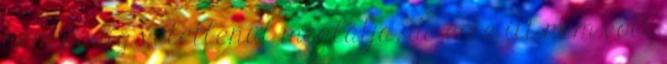
nem pedig véletlenül meglátja, de erre itt nem volt